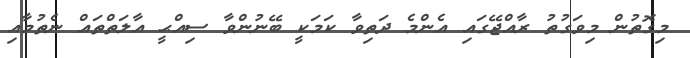
މިގޮތުން މިވަގުތު ރާއްޖޭގައި އެންމެ ދަތިވާ ކަމަކީ ބޭނުންވާ ސިއްޙީ އާލަތްތައް ނެތުމާއި